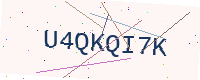
Text: U4QKQI7K